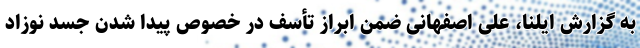
به گزارش ایلنا، علی اصفهانی ضمن ابراز تأسف در خصوص پیدا شدن جسد نوزاد